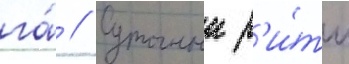
га́ // Суточныи р'и́тм